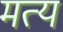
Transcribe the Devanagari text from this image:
मत्य